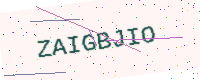
Text: ZAIGBJIO